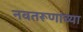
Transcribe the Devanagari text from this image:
नवतरूणांच्या